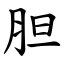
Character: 胆